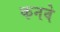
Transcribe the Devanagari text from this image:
कनवे